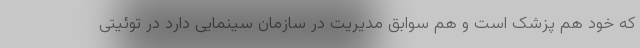
که خود هم پزشک است و هم سوابق مدیریت در سازمان سینمایی دارد در توئیتی